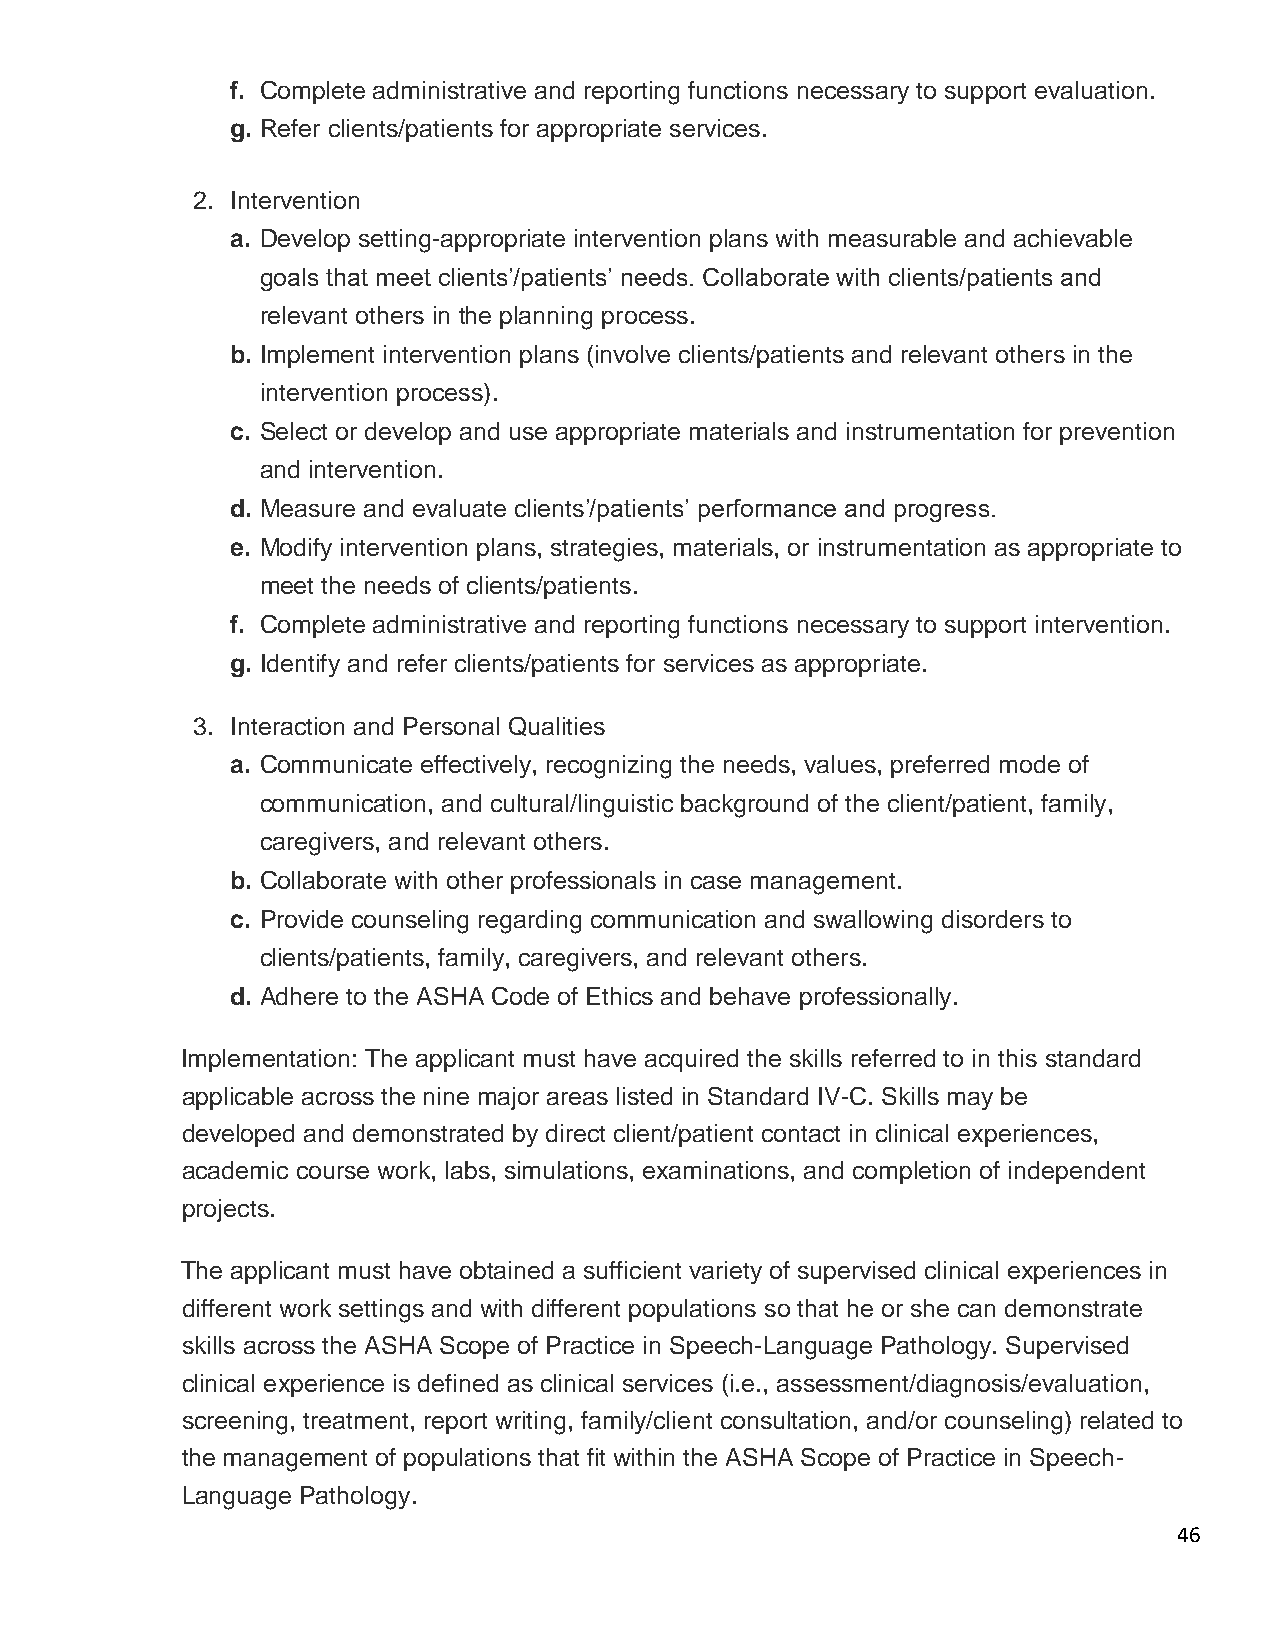
f. Complete administrative and reporting functions necessary to support evaluation.
 g. Refer clients/patients for appropriate services.
 2. Intervention
 a. Develop setting-appropriate intervention plans with measurable and achievable
 goals that meet clients’/patients’ needs. Collaborate with clients/patients and
 relevant others in the planning process.
 b. Implement intervention plans (involve clients/patients and relevant others in the
 intervention process).
 c. Select or develop and use appropriate materials and instrumentation for prevention
 and intervention.
 d. Measure and evaluate clients’/patients’ performance and progress.
 e. Modify intervention plans, strategies, materials, or instrumentation as appropriate to
 meet the needs of clients/patients.
 f. Complete administrative and reporting functions necessary to support intervention.
 g. Identify and refer clients/patients for services as appropriate.
 3. Interaction and Personal Qualities
 a. Communicate effectively, recognizing the needs, values, preferred mode of
 communication, and cultural/linguistic background of the client/patient, family,
 caregivers, and relevant others.
 b. Collaborate with other professionals in case management.
 c. Provide counseling regarding communication and swallowing disorders to
 clients/patients, family, caregivers, and relevant others.
 d. Adhere to the ASHA Code of Ethics and behave professionally.
 Implementation: The applicant must have acquired the skills referred to in this standard
 applicable across the nine major areas listed in Standard IV-C. Skills may be
 developed and demonstrated by direct client/patient contact in clinical experiences,
 academic course work, labs, simulations, examinations, and completion of independent
 projects.
 The applicant must have obtained a sufficient variety of supervised clinical experiences in
 different work settings and with different populations so that he or she can demonstrate
 skills across the ASHA Scope of Practice in Speech-Language Pathology. Supervised
 clinical experience is defined as clinical services (i.e., assessment/diagnosis/evaluation,
 screening, treatment, report writing, family/client consultation, and/or counseling) related to
 the management of populations that fit within the ASHA Scope of Practice in Speech-
 Language Pathology.
 46